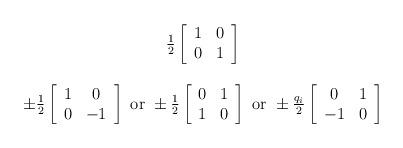
LaTeX: \begin{align*}\begin{array}{c}\frac{1}{2}\left[\begin{array}{cc}1 &0 \\ 0 &1 \\\end{array}\right] \\ \\ \pm\frac{1}{2}\left[\begin{array}{cc}1 &0 \\ 0 &-1\\ \end{array}\right] \mbox{ or } \pm\frac{1}{2}\left[\begin{array}{cc}0 &1 \\ 1 &0\\ \end{array}\right] \mbox{ or } \pm\frac{q_{i}}{2}\left[\begin{array}{cc}0 &1 \\ -1 &0\\ \end{array}\right]\end{array}\end{align*}